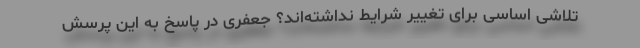
تلاشی اساسی برای تغییر شرایط نداشته‌اند؟ جعفری در پاسخ به این پرسش